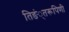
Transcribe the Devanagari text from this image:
तिङं्तरूपिणी